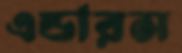
এন্ডারস